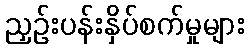
ညှဉ်းပန်းနှိပ်စက်မှုများ